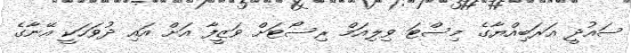
ސައުދީ އަރަބިއްޔާގެ މިސްޓަ ވިލިއަމް ރިސޯޓަށް ވަޒީފާ އަށް އައި ދުވަހަކީ އޭނާގެ